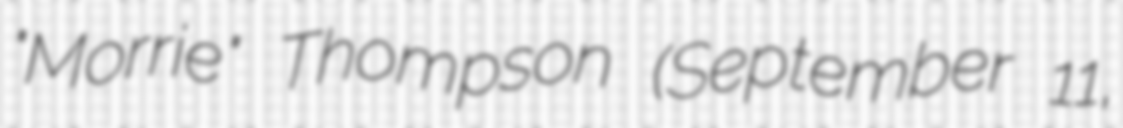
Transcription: "Morrie" Thompson (September 11,